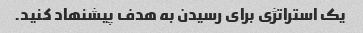
یک استراتژی برای رسیدن به هدف پیشنهاد کنید.